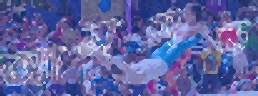
অ্যালমন্ড